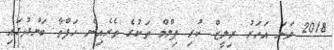
2018 ވަނަ އަހަރު ރިލީޒް ކުރި ފިލްމް ތަކުގެ ތެރެއިން ހަފްތާ ބަންދުގައި